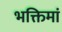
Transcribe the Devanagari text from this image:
भक्तिमां